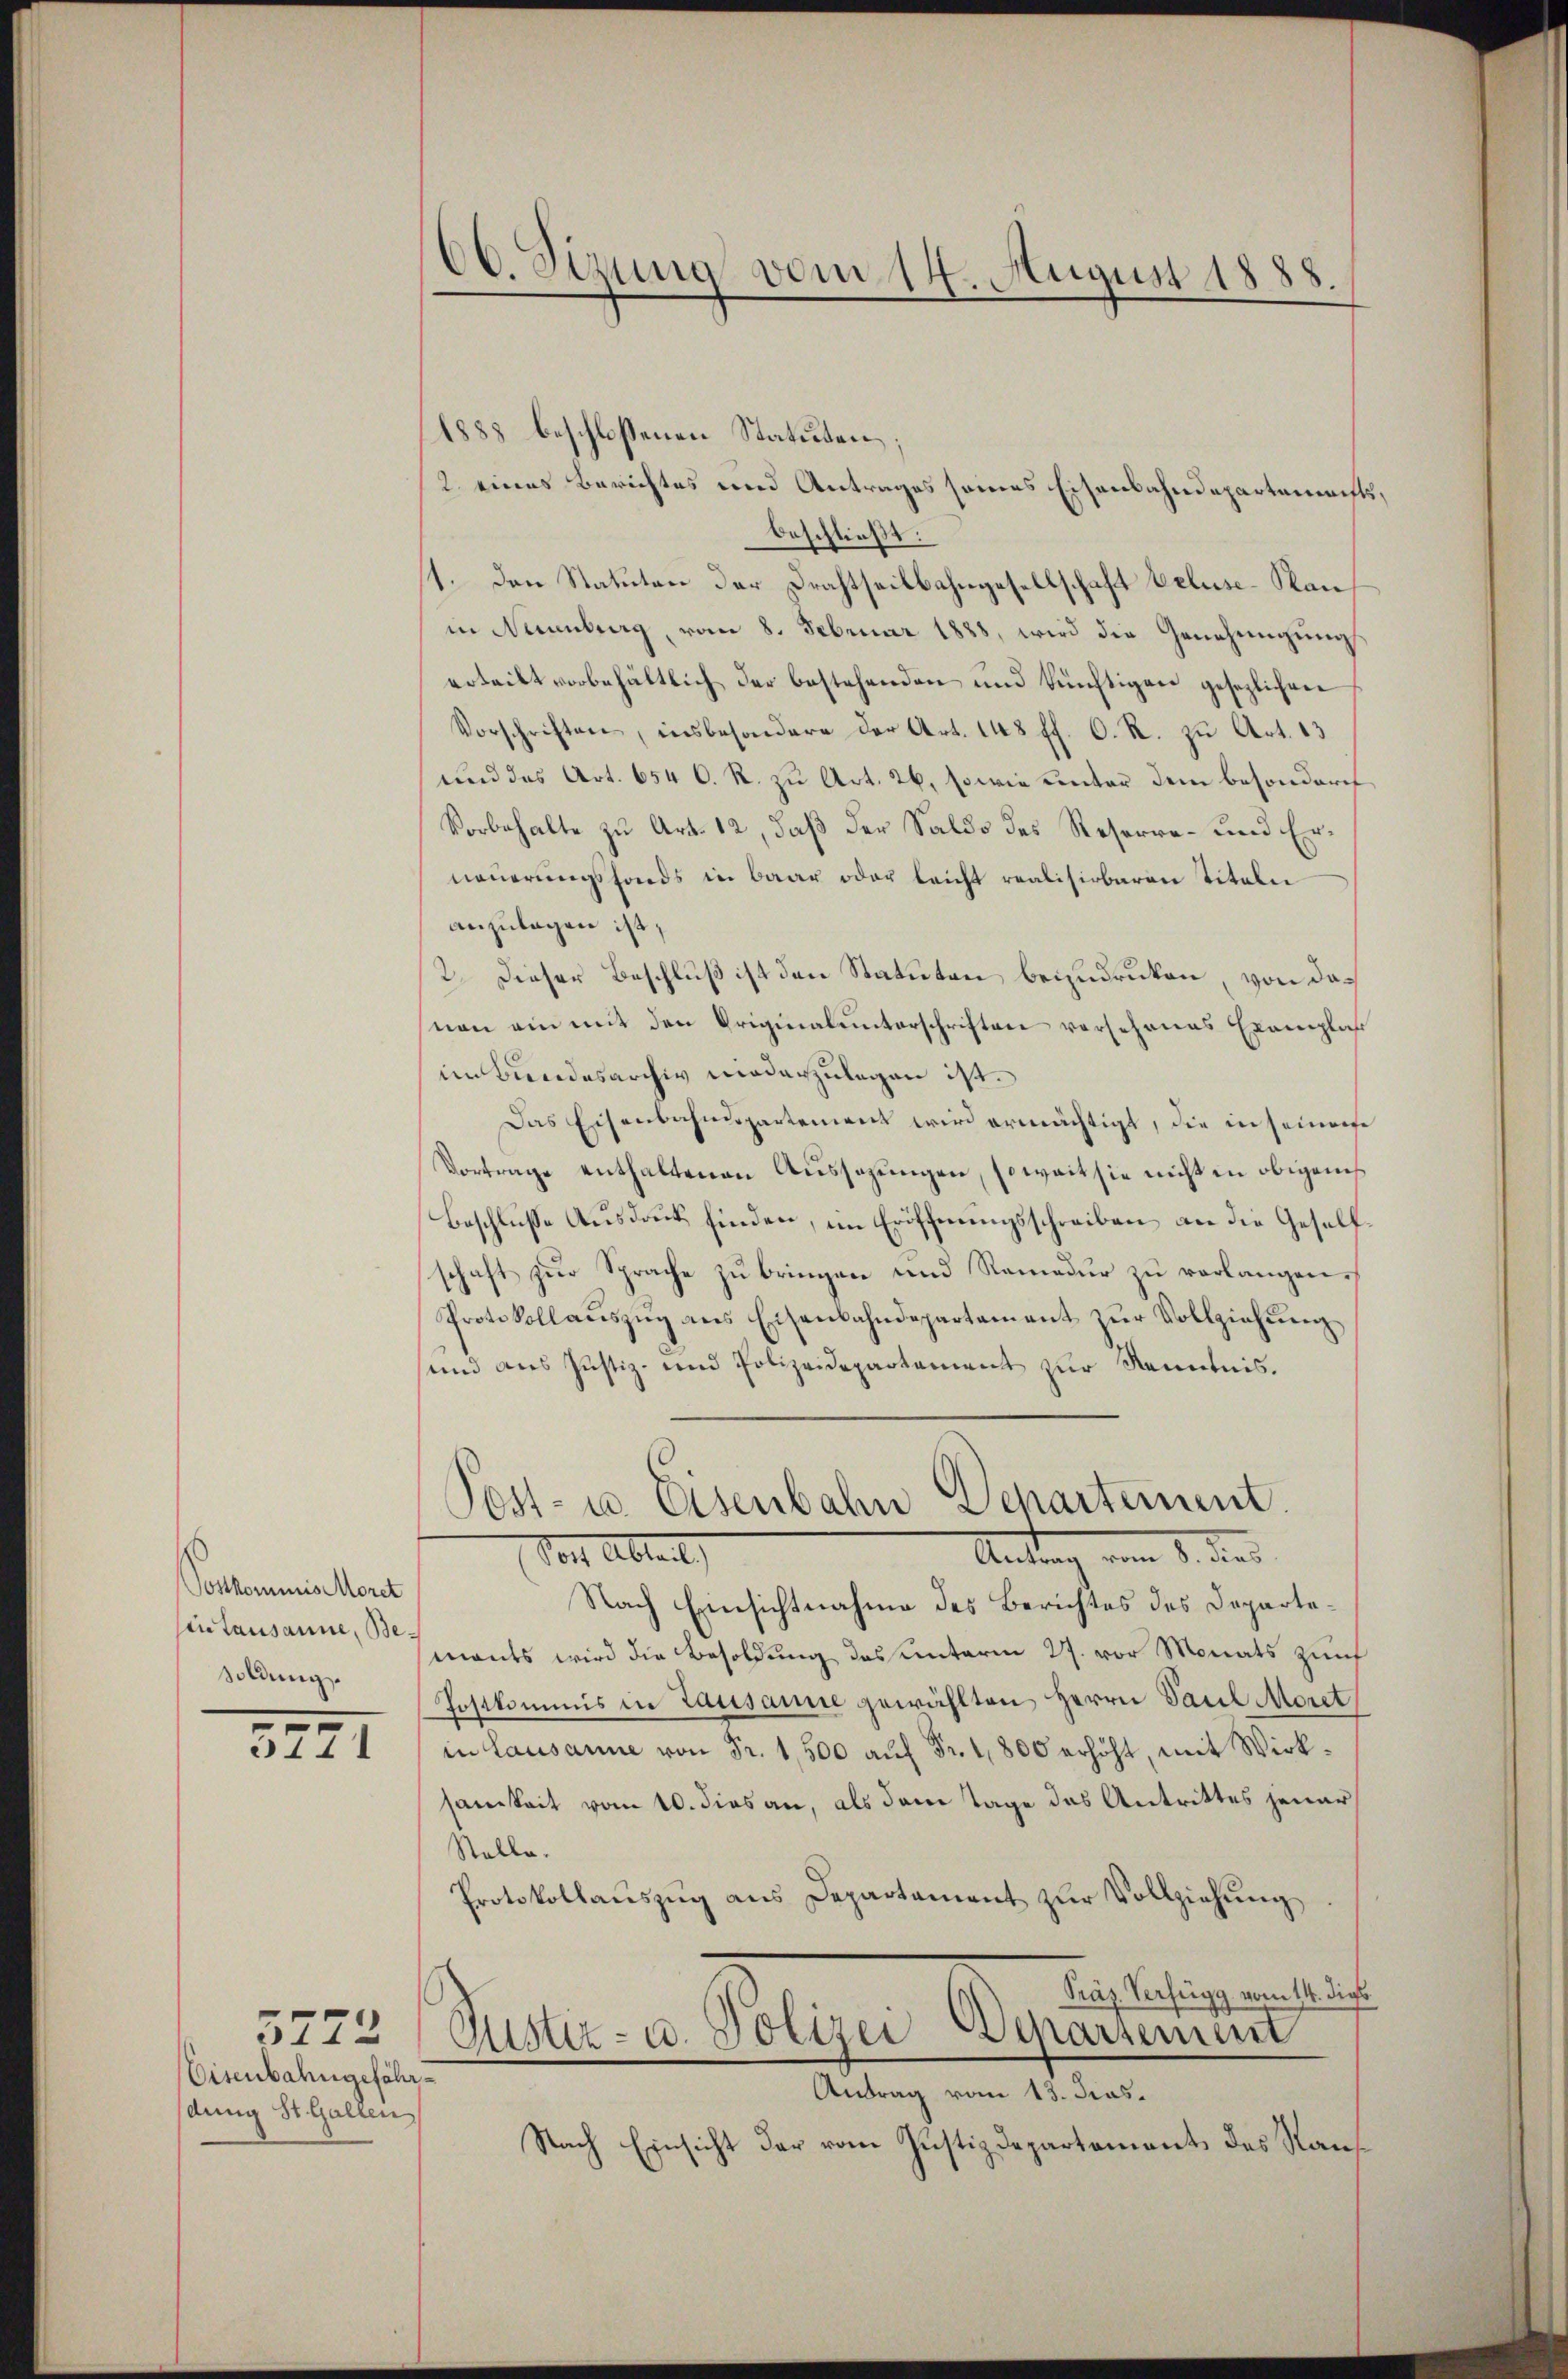
Postkommis Moret
Eintausanne, Besoldung

5271

3772
Eisenbahngefährdung St. Gallen

60. Sizung vom 14. August 1888.

1888 beschlossenen Statuten.
2 eines Berichtes und Antrages seines Eisenbahndepartements,
beschließt:
1. Den Statuten der Drahtseitbahngesellschaft beluse-Kan
in Neuenburg, vom 8. Februar 1888, wird die Genehmigung
erteilt vorbehältlich der bestehenden und künftigen gesezlichen
Vorschriften, insbesondere der Art. 148 ff. C. R. zu Art. 13
und das Art. 654 C. R. zu Art. 26, sowie unter dem besondere
Vorbehalte zu Art. 12, daß der Saldo des Reserre- und Erneuerungsfonds in baar oder leicht realisirbaren Titeln
anzulagen ist,
2. Dieser Beschluß ist den Statuten bezudrucken, von danon ein mit den Originalunterschriften vorsehenes Exemplar
im Bundesarchiv niederzulegen ist.
Das Eisenbahndspartement wird ermächtigt, die in seinerse
Vortrage enthaltenen Aussagungen, soweit sie nicht in obigens
Beschlusse Ausdruck finden, im Eröffnungsschreiben an die Gesellhaft zur Sprache zu bringen und Remedur zu verlangen.
Protokollaŭszŭg ans Eisenbahndepartament zŭr Vollziehŭng
und aus Justiz- und Polizeidepartament zur Kenntnis.

Post- u. Eisenbahn Departement.
Vor Abteilt,

Antrag vom 1. des
Nach Einsichtnahme des Berichtes des Departemants wird die Besoldung des unterm 27. vor Monats zunf
Postkommis in Lausanne gewählten Herrn Paul Moret
in Lausanne von Fr. 1,500 aŭf Fr. 1,800 erhöht, mit Wirksamkeit vom 10. dies an, als dem Tage das Antrittes jener
Stelle.
Protokollaŭszŭg ans Departament zŭr Vollziehŭng
Präs. Verfügg vom 14. die
Justiz- u. Polizei Departement
Antrag vom 13. dies
Nach Einsicht der vom Justizdepartements des Raus¬